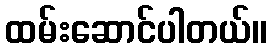
ထမ်းဆောင်ပါတယ်။